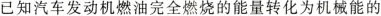
已知汽车发动机燃油完全燃烧的能量转化为机械能的